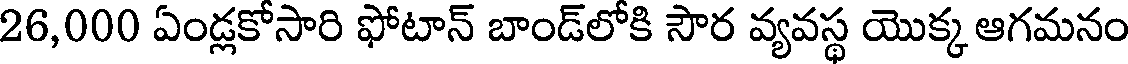
26,000 ఏండ్లకోసారి ఫోటాన్ బాండ్లోకి సౌర వ్యవస్థ యొక్క ఆగమనం